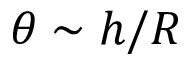
\theta \sim h / R